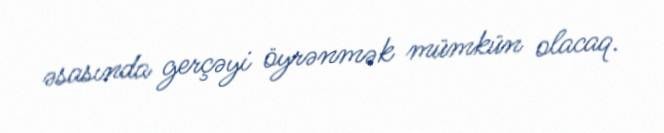
əsasında gerçəyi öyrənmək mümkün olacaq.